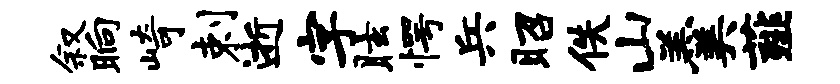
叙晌崎剌逝字眩愕兵昭佚山羹薤